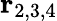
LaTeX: \mathbf{r}_{2,3,4}